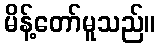
မိန့်တော်မူသည်။